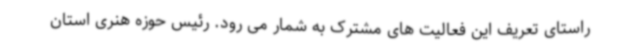
راستای تعریف این فعالیت های مشترک به شمار می رود. رئیس حوزه هنری استان